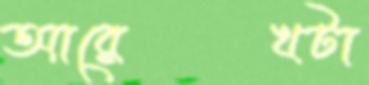
আরেখটা